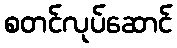
စတင်လုပ်ဆောင်